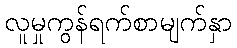
လူမှုကွန်ရက်စာမျက်နှာ